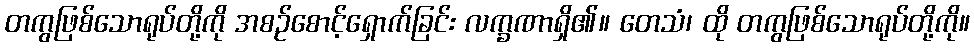
တကွဖြစ်သောရုပ်တို့ကို အစဉ်စောင့်ရှောက်ခြင်း လက္ခဏာရှိ၏။ တေသံ၊ ထို တကွဖြစ်သောရုပ်တို့ကို။